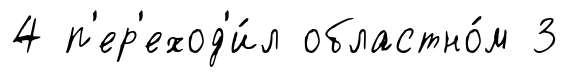
4 п'ер'еход'и́л областно́м 3